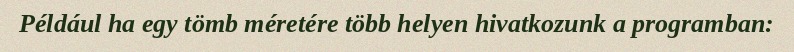
Például ha egy tömb méretére több helyen hivatkozunk a programban: